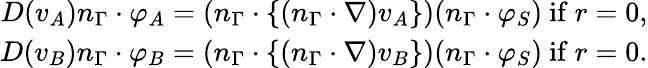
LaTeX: \begin{array}{r}{D(v_{A})n_{\Gamma}\cdot\varphi_{A}=(n_{\Gamma}\cdot\{ (n_{\Gamma}\cdot\nabla)v_{A}\} )(n_{\Gamma}\cdot\varphi_{S})\mathrm{~if~}r=0,}\\ {D(v_{B})n_{\Gamma}\cdot\varphi_{B}=(n_{\Gamma}\cdot\{ (n_{\Gamma}\cdot\nabla)v_{B}\} )(n_{\Gamma}\cdot\varphi_{S})\mathrm{~if~}r=0.}\end{array}